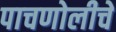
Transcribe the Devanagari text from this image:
पाचणोलीचे